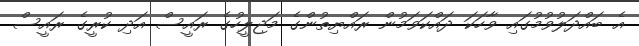
އެ ބައްދަލުވުމުގައި ވާހަކަ ދައްކަވަމުން ރައްޔިތުންގެ މަޖިލީހުގެ ރައީސް އަދި ކުރީގެ ރައީސް